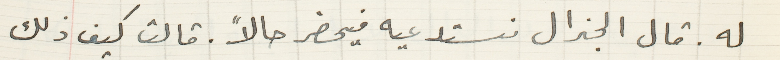
له. قال الجنرال نستدعيه فيحضر حالاً. قالت كيف ذلك